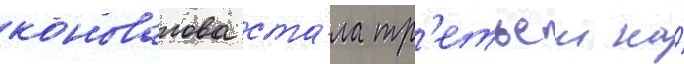
коновалова ста́ла тр'етьеи на́